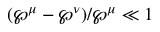
( \boldsymbol { \wp } ^ { \mu } - \boldsymbol { \wp } ^ { \nu } ) / \boldsymbol { \wp } ^ { \mu } \ll 1